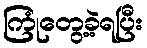
ကြုံတွေ့ခဲ့ရပြီး